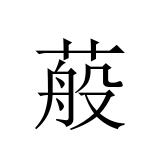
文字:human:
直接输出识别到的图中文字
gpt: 蒰